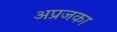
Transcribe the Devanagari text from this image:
अप्रजका